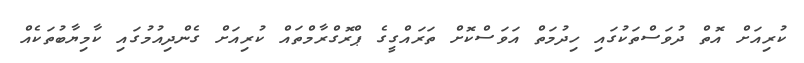
ކުރިއަށް އޮތް ދުވަސްތަކުގައި ހިދުމަތް އަވަސްކޮށް ތަރައްގީގެ ޕްރޮގްރާމްތައް ކުރިއަށް ގެންދިއުމުގައި ކާމިޔާބުތަކެއް